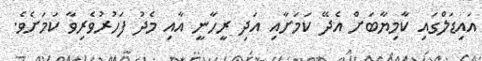
އައިޑަލްގައި ކާމިޔާބަށް އެދޭ ކަމަށާއި އަދި ރީހާނީ އާއި މެދު ފަހުރުވެރިވާ ކަމަށެވެ.